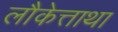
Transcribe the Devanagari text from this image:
लौकेत्ताथा